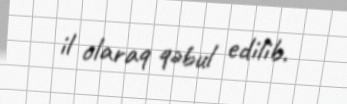
il olaraq qəbul edilib.